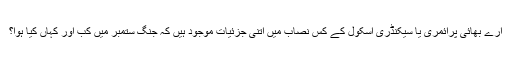
ارے بھائی پرائمری یا سیکنڈری اسکول کے کس نصاب میں اتنی جزئیات موجود ہیں کہ جنگ ستمبر میں کب اور کہاں کیا ہوا؟